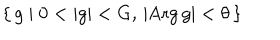
\left\{ \, g \mid 0 < | g | < G , \, | \mathrm { A r g } \, g | < \theta \, \right\}